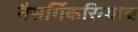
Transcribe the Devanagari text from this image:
नैसर्गिकरित्याच